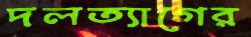
দলত্যাগের